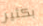
بكثير